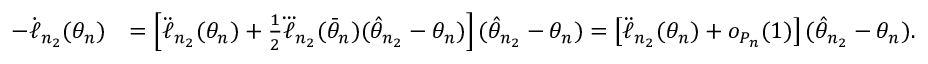
\begin{array} { r l } { - \dot { \ell } _ { n _ { 2 } } ( \theta _ { n } ) } & { = \left[ \ddot { \ell } _ { n _ { 2 } } ( \theta _ { n } ) + \frac { 1 } { 2 } \dddot { \ell } _ { n _ { 2 } } ( \bar { \theta } _ { n } ) ( \hat { \theta } _ { n _ { 2 } } - \theta _ { n } ) \right] ( \hat { \theta } _ { n _ { 2 } } - \theta _ { n } ) = \left[ \ddot { \ell } _ { n _ { 2 } } ( \theta _ { n } ) + o _ { P _ { n } } ( 1 ) \right] ( \hat { \theta } _ { n _ { 2 } } - \theta _ { n } ) . } \end{array}